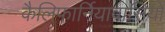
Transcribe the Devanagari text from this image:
कैलिफार्नियावासियों